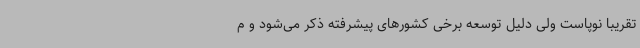
تقریباً نوپاست ولی دلیل توسعه برخی کشورهای پیشرفته ذکر می‌شود و م